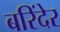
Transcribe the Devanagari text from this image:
बरिंदेर